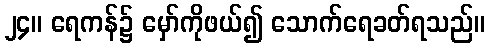
၂၄။ ရေကန်၌ မှော်ကိုဖယ်၍ သောက်ရေခတ်ရသည်။